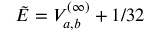
\tilde { E } = V _ { a , b } ^ { ( \infty ) } + 1 / 3 2